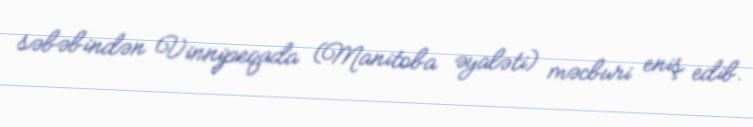
səbəbindən Vinnipeqada (Manitoba əyaləti) məcburi eniş edib.